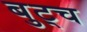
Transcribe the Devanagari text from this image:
बुट्च